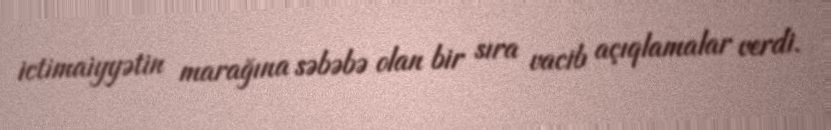
ictimaiyyətin marağına səbəbə olan bir sıra vacib açıqlamalar verdi.